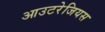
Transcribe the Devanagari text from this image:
आउटरेजियस